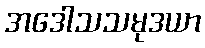
အဒေါသသမုဒယာ